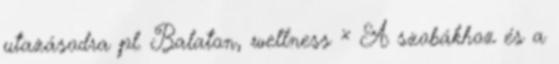
utazásodra pl. Balaton, wellness × A szobákhoz és a